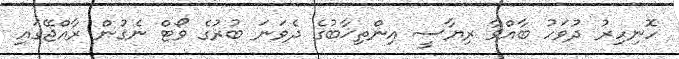
ހޮނިހިރު ދުވަހު ބާއްވާ ރިޔާސީ އިންތިޚާބުގެ ދެވަނަ ބުރުގެ ވޯޓް ނެގުން ރާއްޖޭގައި